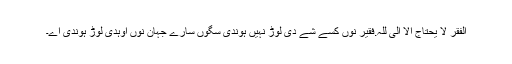
اَلفَقرُ لَا یَحتَاجُ اِلاَّ اِلَیَ للہ.فقیر نوں کسے شے دی لوڑ نہیں ہوندی سگوں سارے جہان نوں اوہدی لوڑ ہوندی اے۔